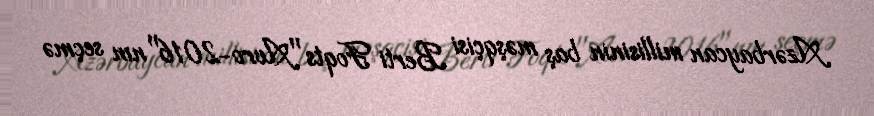
Azərbaycan millisinin baş məşqçisi Berti Foqts "Avro-2016"nın seçmə